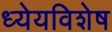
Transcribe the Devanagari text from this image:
ध्येयविशेष